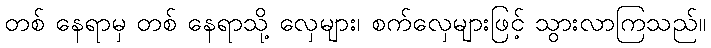
တစ် နေရာမှ တစ် နေရာသို့ လှေများ၊ စက်လှေများဖြင့် သွားလာကြသည်။